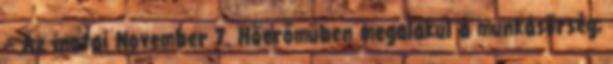
– Az inotai November 7. Hőerőműben megalakul a munkásőrség,